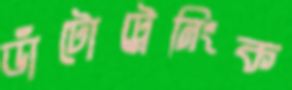
ডাঁটোট্রেনিংক